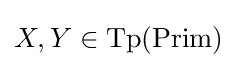
X,Y\in {\text{Tp}}({\text{Prim}})